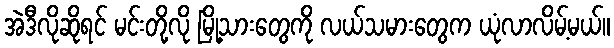
အဲဒီလိုဆိုရင် မင်းတို့လို မြို့သားတွေကို လယ်သမားတွေက ယုံလာလိမ့်မယ်။